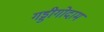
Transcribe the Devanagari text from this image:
गड्डीगोदाम